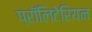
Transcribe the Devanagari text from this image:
प्रॉलिटेरियन